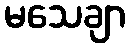
မသေချာ